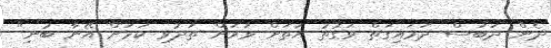
ދެން ދަބަސް ދަމައިގަތް ވަގުތު އަތަށް ވަރަށް ތަދުވި ކަމަށް އޭނާ ބުނި"